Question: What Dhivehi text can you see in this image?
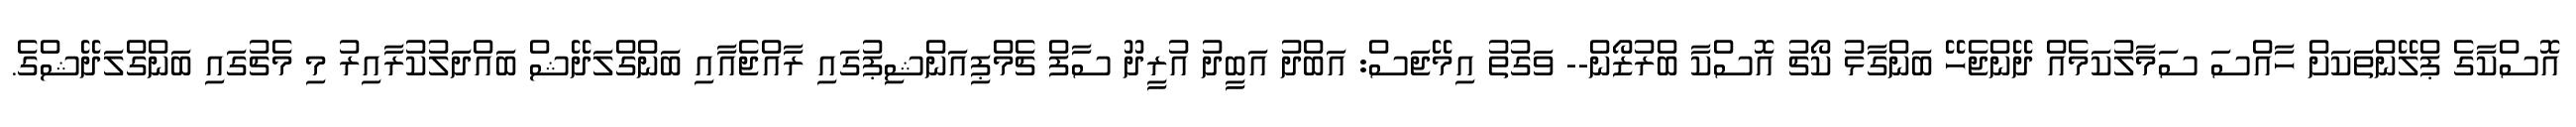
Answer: އޮސްކާގެ ޕްލޭންތަަކަށް ހާއްސަ ސަމާލުކަމެއް ދޭންޖެހޭ ބަންގާޅު ކޯޗު އޮސްކާ ބްރުޒޯން-- ވަގުތު އިމޭޖަސް: އަބްދު އަބީދު އުރީދޫ ސާފް ޗެމްޕިއަންޝިޕުގައި ރާއްޖެއާއި ބަންގްލަދޭޝް ބައްދަލުކުރާއިރު މި މެޗުގައި ބަންގްލަދޭޝްގެ.